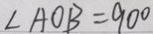
\angle A O B = 9 0 ^ { \circ }